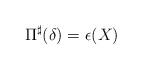
LaTeX: \begin{align*}\Pi^{\sharp}(\delta)=\epsilon(X) \end{align*}